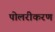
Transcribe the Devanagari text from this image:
पोलरीकरण